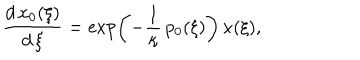
\frac { d \, x _ { 0 } ( \xi ) } { d \, \xi } = \exp \left( - \frac 1 \kappa \, p _ { 0 } ( \xi ) \right) \, x ( \xi ) ,